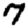
Digit: 7